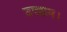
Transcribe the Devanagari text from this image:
उपक्रम।